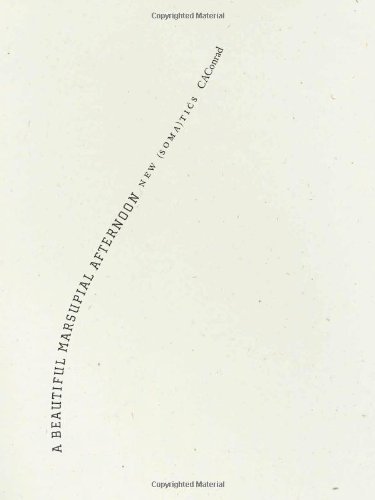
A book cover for A Beautiful Marsupial Afternoon: New (Soma)tics; CAConrad; Gay & Lesbian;